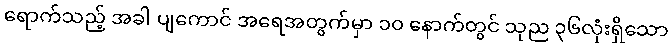
ရောက်သည့် အခါ ပျကောင် အရေအတွက်မှာ ၁၀ နောက်တွင် သုည ၃၆လုံးရှိသော